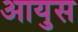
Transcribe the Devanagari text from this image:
आयुस